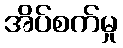
အိပ်စက်မှု